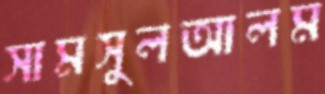
সামসুলআলম